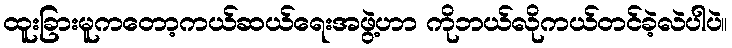
ထူးခြားမူကတော့ကယ်ဆယ်ရေးအဖွဲ့ဟာ ကိုဘယ်လိုကယ်တင်ခဲ့လဲပါပဲ။